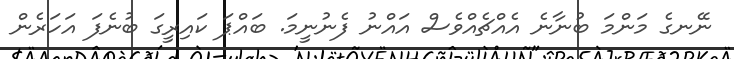
ނޭނގެ މަންމަ ބުނާނެ އެއްޗެއްވެސް އައްނު ފެނުނީމަ. ބައްޕަ ކައިރީގަ ބުނެފަ އަހަރެން